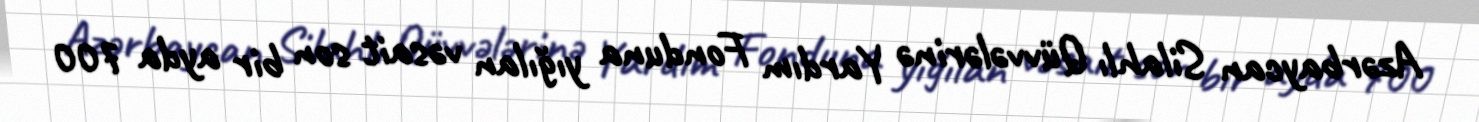
Azərbaycan Silahlı Qüvvələrinə Yardım Fonduna yığılan vəsait son bir ayda 700